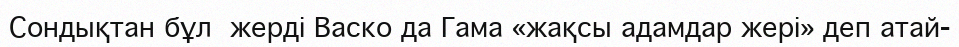
Сондықтан бұл  жерді Васко да Гама «жақсы адамдар жері» деп атай-